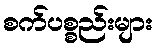
စက်ပစ္စည်းများ